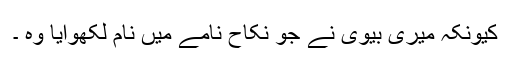
کیونکہ میری بیوی نے جو نکاح نامے میں نام لکھوایا وہ ۔